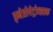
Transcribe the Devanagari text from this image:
ड्नेप्रोपेट्रोव्ह्स्क